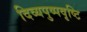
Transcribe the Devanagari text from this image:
दिव्यपुष्पवृष्टि